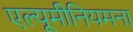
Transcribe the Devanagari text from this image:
एल्यूमीनियमना